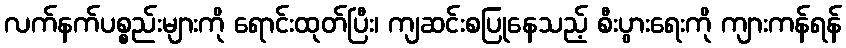
လက်နက်ပစ္စည်းများကို ရောင်းထုတ်ပြီး၊ ကျဆင်းစပြုနေသည့် စီးပွားရေးကို ကျားကန်ရန်